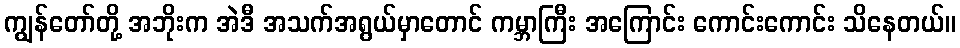
ကျွန်တော်တို့ အဘိုးက အဲဒီ အသက်အရွယ်မှာတောင် ကမ္ဘာကြီး အကြောင်း ကောင်းကောင်း သိနေတယ်။